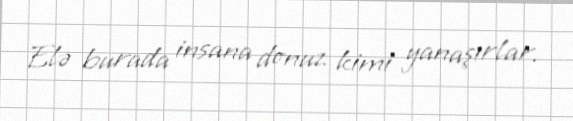
Elə burada insana donuz kimi yanaşırlar.